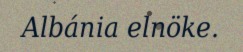
Albánia elnöke.